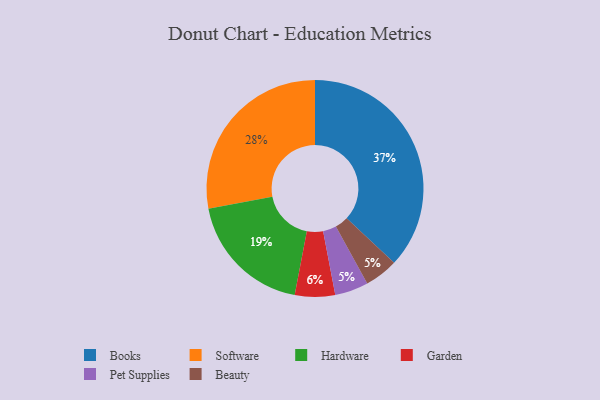
{"axis": {"x": "Category", "y": "Percentage"}, "legend": ["Beauty", "Books", "Garden", "Hardware", "Pet Supplies", "Software"], "data": [{"x": "Pet Supplies", "y": 5, "type": "Pet Supplies"}, {"x": "Beauty", "y": 5, "type": "Beauty"}, {"x": "Hardware", "y": 19, "type": "Hardware"}, {"x": "Garden", "y": 6, "type": "Garden"}, {"x": "Software", "y": 28, "type": "Software"}, {"x": "Books", "y": 37, "type": "Books"}]}